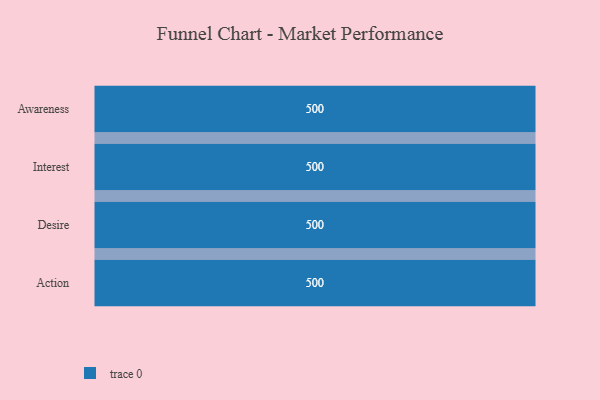
{"axis": {"x": "Stage", "y": "Value"}, "legend": [""], "data": [{"x": "Awareness", "y": 500, "type": ""}, {"x": "Interest", "y": 500, "type": ""}, {"x": "Desire", "y": 500, "type": ""}, {"x": "Action", "y": 500, "type": ""}]}